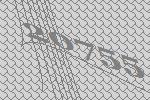
20755